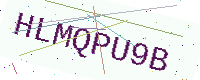
Text: HLMQPU9B